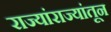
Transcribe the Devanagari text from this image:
राज्यांराज्यांतून